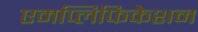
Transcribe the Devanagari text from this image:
एमप्लिफिकेशन